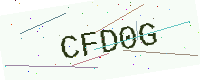
Text: CFD0G